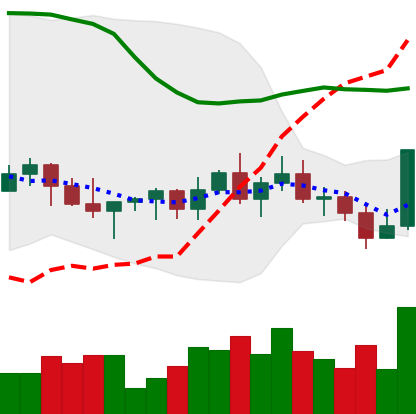
Ticker: XLM-USD
Chart end date: 2022-11-04
Forward return: -28.388%
Label: down_7plus